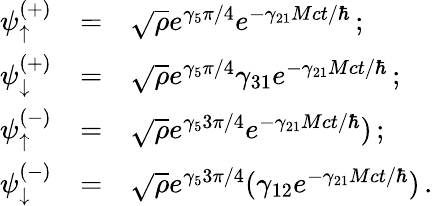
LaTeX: \begin{array}{rcl}{{\psi_{\uparrow}^{(+)}}}&{{=}}&{{\sqrt{\rho}e^{\gamma_{5}\pi/4}e^{-\gamma_{21}Mct/\hbar}\, ;}}\\ {{\psi_{\downarrow}^{(+)}}}&{{=}}&{{\sqrt{\rho}e^{\gamma_{5}\pi/4}\gamma_{31}e^{-\gamma_{21}Mct/\hbar}\, ;}}\\ {{\psi_{\uparrow}^{(-)}}}&{{=}}&{{\sqrt{\rho}e^{\gamma_{5}3\pi/4}e^{-\gamma_{21}Mct/\hbar})\, ;}}\\ {{\psi_{\downarrow}^{(-)}}}&{{=}}&{{\sqrt{\rho}e^{\gamma_{5}3\pi/4}(\gamma_{12}e^{-\gamma_{21}Mct/\hbar})\, .}}\end{array}